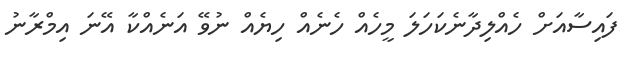
ފައިސާއަށް ހެއްލިދާނެކަހަލަ މީހެއް ހެނެއް ހިޔެއް ނުވޭ އަނެއްކާ އޭނަ އިމްރާނު